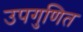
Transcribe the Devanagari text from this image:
उपगुणित